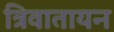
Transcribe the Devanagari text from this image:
त्रिवातायन